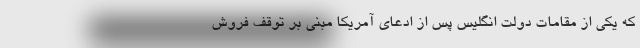
که یکی از مقامات دولت انگلیس پس از ادعای آمریکا مبنی بر توقف فروش